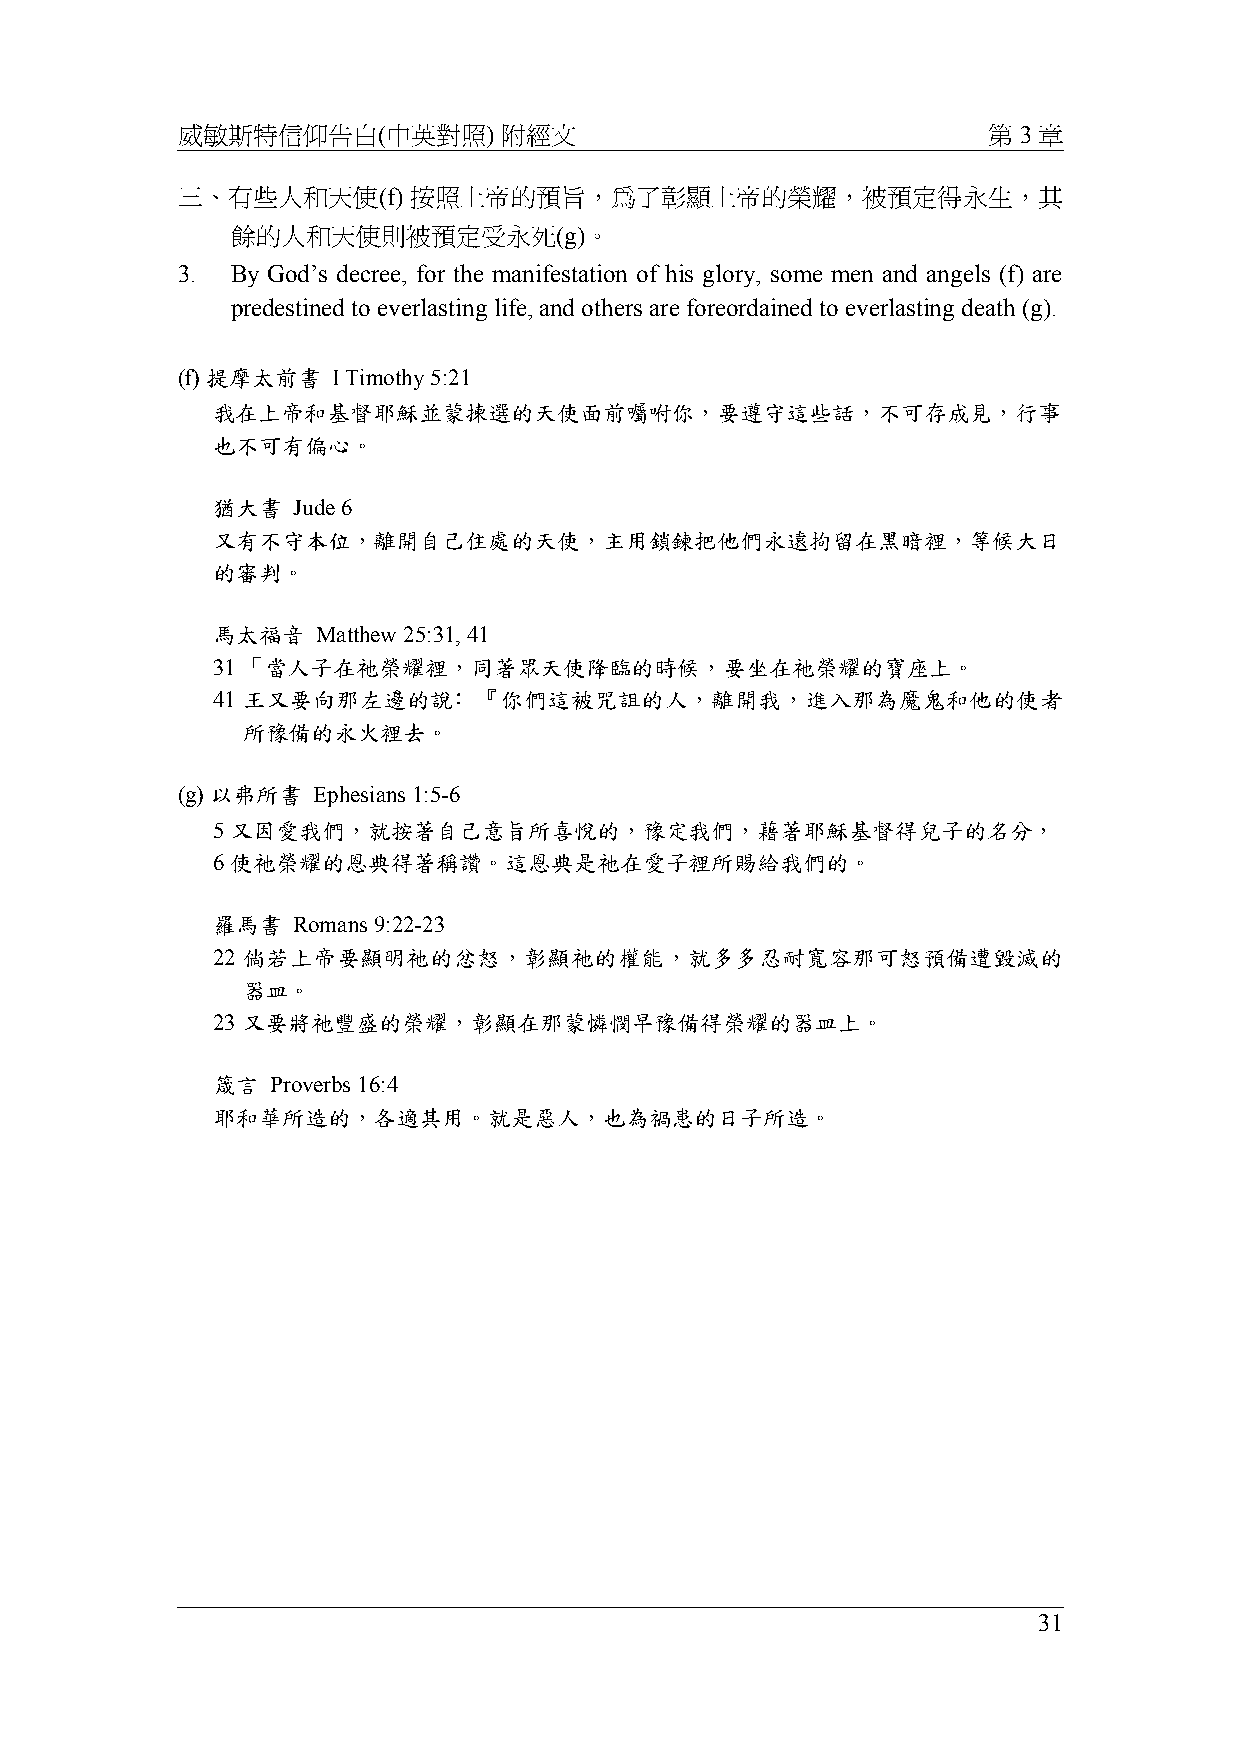
威敏斯特信仰告白(中英對照)       附經文                             第 3 章
 三、有些人和天使(f)    按照上帝的預旨，為了彰顯上帝的榮耀，被預定得永生，其
 餘的人和天使則被預定受永死(g)。
 3. By God’s decree, for the manifestation of his glory, some men and angels (f) are
 predestined to everlasting life, and others are foreordained to everlasting death (g).
 (f) 提摩太前書 I Timothy 5:21
 我在上帝和基督耶穌並蒙揀選的天使面前囑咐你，要遵守這些話，不可存成見，行事
 也不可有偏心。
 猶大書  Jude 6
 又有不守本位，離開自己住處的天使，主用鎖鍊把他們永遠拘留在黑暗裡，等候大日
 的審判。
 馬太福音   Matthew 25:31, 41
 31 「當人子在祂榮耀裡，同著眾天使降臨的時候，要坐在祂榮耀的寶座上。
 41 王又要向那左邊的說﹕『你們這被咒詛的人，離開我，進入那為魔鬼和他的使者
 所豫備的永火裡去。
 (g) 以弗所書 Ephesians 1:5-6
 5 又因愛我們，就按著自己意旨所喜悅的，豫定我們，藉著耶穌基督得兒子的名分，
 6 使祂榮耀的恩典得著稱讚。這恩典是祂在愛子裡所賜給我們的。
 羅馬書  Romans 9:22-23
 22 倘若上帝要顯明祂的忿怒，彰顯祂的權能，就多多忍耐寬容那可怒預備遭毀滅的
 器皿。
 23 又要將祂豐盛的榮耀，彰顯在那蒙憐憫早豫備得榮耀的器皿上。
 箴言  Proverbs 16:4
 耶和華所造的，各適其用。就是惡人，也為禍患的日子所造。
 31